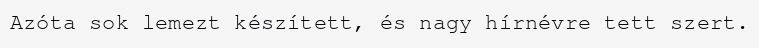
Azóta sok lemezt készített, és nagy hírnévre tett szert.